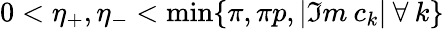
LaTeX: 0<\eta_{+},\eta_{-}<\operatorname*{min}\{ \pi,\pi p,|\Im m\: c_{k}|\: \forall\: k\}